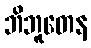
ဘိဘူတေန